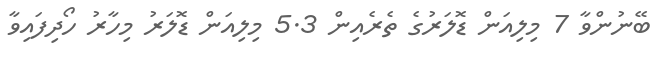
ބޭނުންވާ 7 މިލިއަން ޑޮލަރުގެ ތެރެއިން 5.3 މިލިއަން ޑޮލަރު މިހާރު ހޯދިފައިވާ